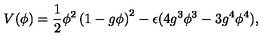
V ( \phi ) = { \frac { 1 } { 2 } } \phi ^ { 2 } \left( 1 - g \phi \right) ^ { 2 } - \epsilon ( 4 g ^ { 3 } \phi ^ { 3 } - 3 g ^ { 4 } \phi ^ { 4 } ) ,